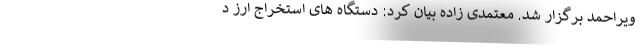
ویراحمد برگزار شد. معتمدی زاده بیان کرد: دستگاه های استخراج ارز د